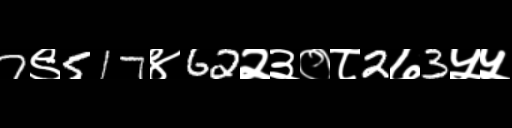
Text: 7९517४62२३०८2७3५५